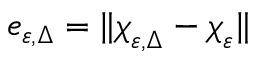
e _ { \varepsilon , \Delta } = \| \boldsymbol { \chi } _ { \varepsilon , \Delta } - \boldsymbol { \chi } _ { \varepsilon } \|